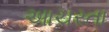
આચરતા